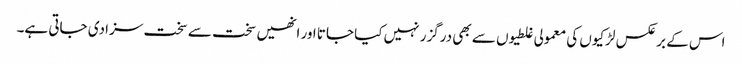
اس کے برعکس لڑکیوں کی معمولی غلطیوں سے بھی درگزر نہیں کیا جاتا اور انھیں سخت سے سخت سزا دی جاتی ہے۔